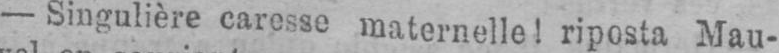
- Singulière caresse maternelle! riposta Mau-